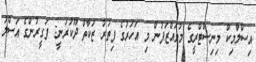
އިސްލާމިކް މިނިސްޓްރީގެ މުވައްޒަފުން މި އަހަރުގެ ފިތުރު ޒަކާތް ދޫކުރަނީ: ފަގީރުންގެ އަސްލު